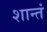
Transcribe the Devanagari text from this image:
शान्तं